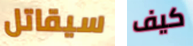
سيقاتل كيف